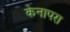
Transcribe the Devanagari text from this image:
केनापरा